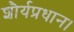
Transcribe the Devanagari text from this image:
शौर्यप्रधान।